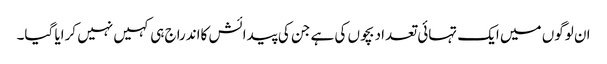
ان لوگوں میں ایک تہائی تعداد بچوں کی ہے جن کی پیدائش کااندراج ہی کہیں نہیں کرایا گیا۔